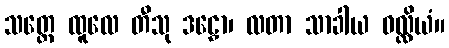
သတ္တေ ထူလေ တီသု ဒဠှော၊ လတာ သာခါယ ဝလ္လိယံ။